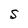
Character: S